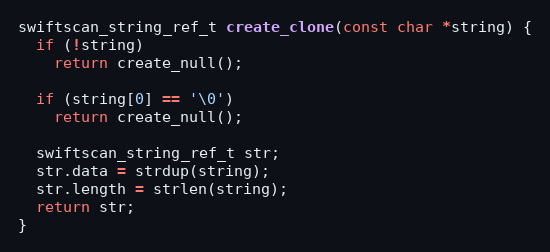
Language: C++
swiftscan_string_ref_t create_clone(const char *string) {
  if (!string)
    return create_null();

  if (string[0] == '\0')
    return create_null();

  swiftscan_string_ref_t str;
  str.data = strdup(string);
  str.length = strlen(string);
  return str;
}